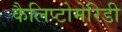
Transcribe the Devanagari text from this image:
कैलिप्टोमेरिडी